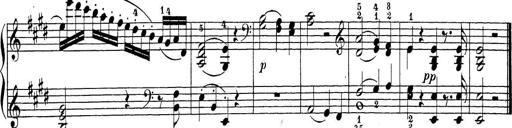
Title: Sonatina Album
Composer: Louis KÃ¶hler